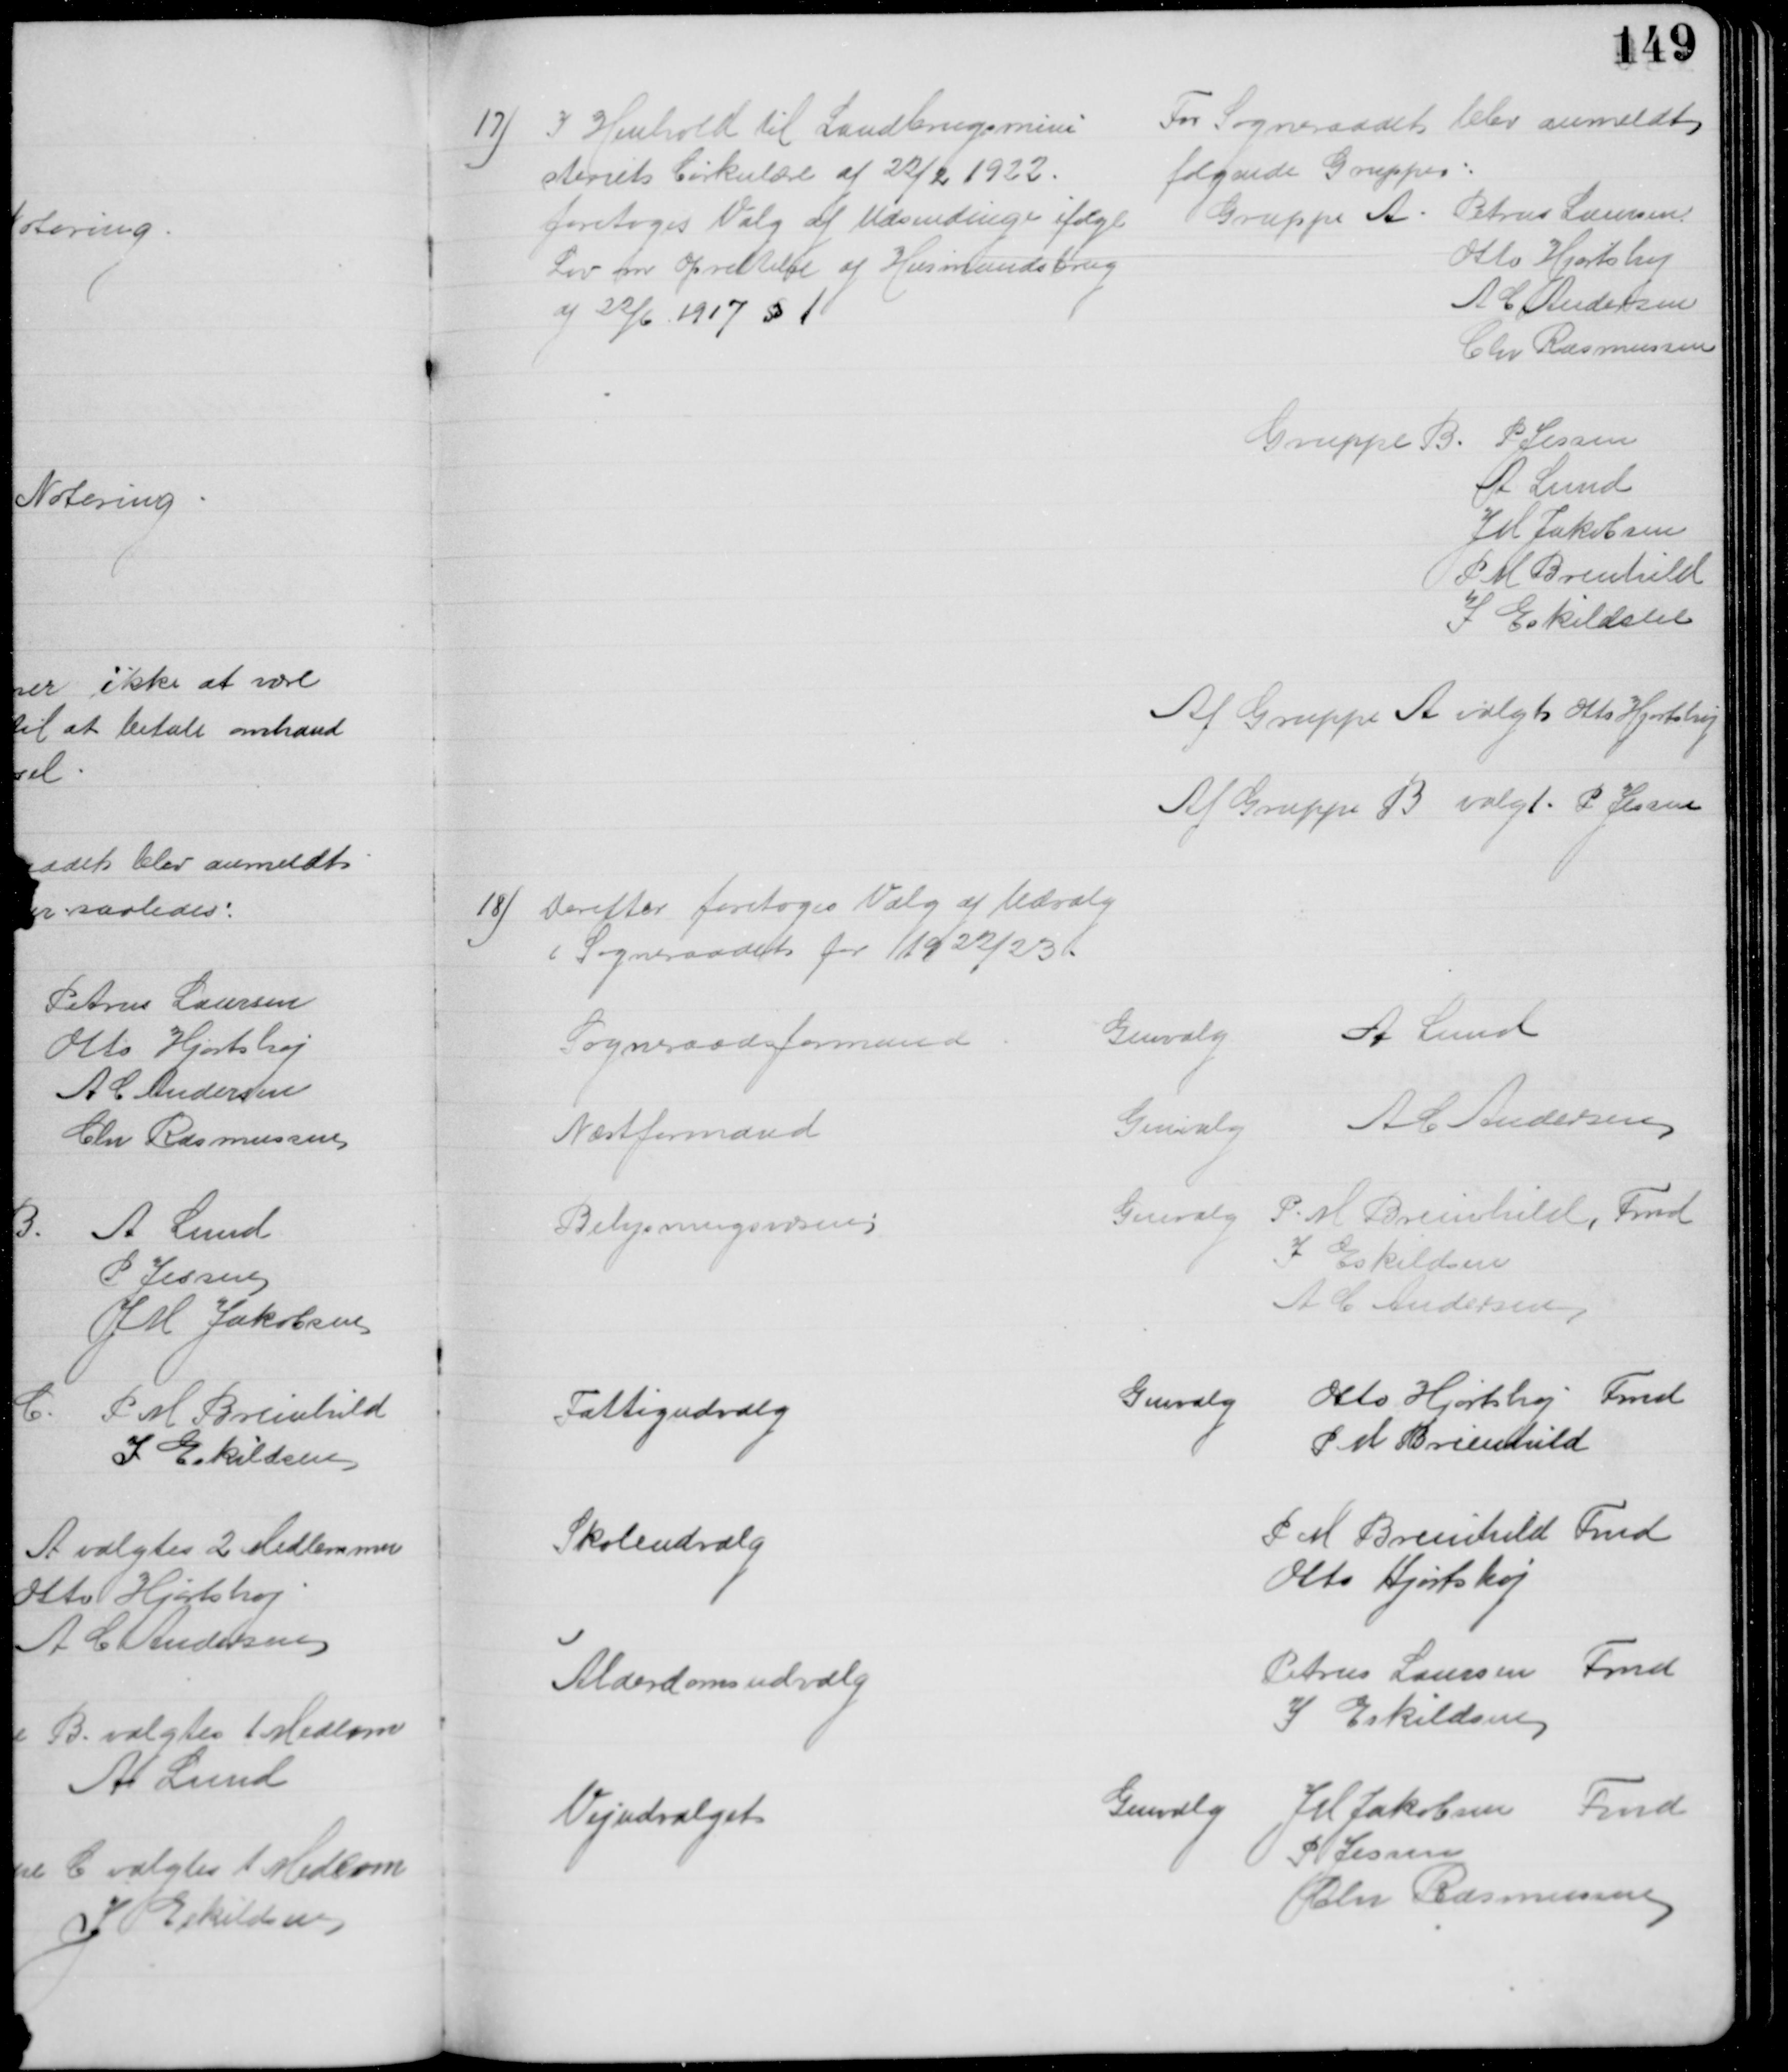
Transskription:
17) I Henhold til Landbrugsmini
steriets Cirkulære af 22/2 1922.
foretoges Valg af Udsendinge ifølge
Lov om Oprettelse af Husmandsbrug
af 22/6 1917 § 1
For Sogneraadet blev anmeldt
følgende Grupper:
Gruppe A
Petrus Laursen
Otto Hjortshøj
A C Andersen
Chr Rasmussen
Gruppe B. P Jessen
A Lund
J M Jakobsen
P M Breinhild
I Eskildsen
Af Gruppe A valgt Otto Hjortshøj
Af Gruppe B valgt. P Jessen
18) Derefter foretoges Valg af Udvalg
i Sogneraadet for 1922/23.
Sogneraadsformand
Genvalg
A Lund
Næstformand
Genvalg
A C Andersen
Belysningsvæsen
Genvalg
P. M Breinhild, Fmd
I Eskildsen
A C Andersen
Fattigudvalg
Genvalg
Otto Hjortshøj Fmd
P M Breinhild
Skoleudvalg
P M Breinhild Fmd
Otto Hjortshøj
Alderdomsudvalg
Petrus Laursen Fmd
I Eskildsen
Vejudvalget
Genvalg
J M Jakobsen Fmd
P Jessen
Chr Rasmussen